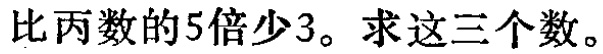
比丙数的5倍少3。求这三个数。